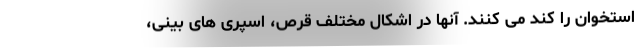
استخوان را کند می کنند. آنها در اشکال مختلف قرص، اسپری های بینی،